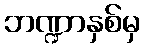
ဘဏ္ဍာနှစ်မှ